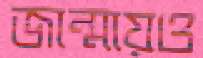
জান্মায়ও